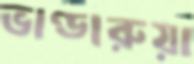
ভাণ্ডারুয়া